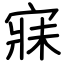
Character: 寐